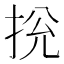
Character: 𢬁